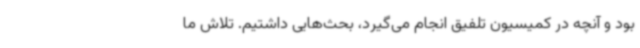
بود و آنچه در کمیسیون تلفیق انجام می‌گیرد، بحث‌هایی داشتیم. تلاش ما